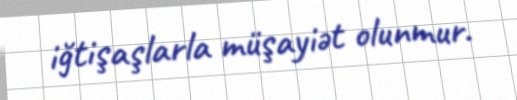
iğtişaşlarla müşayiət olunmur.